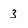
Character: 3